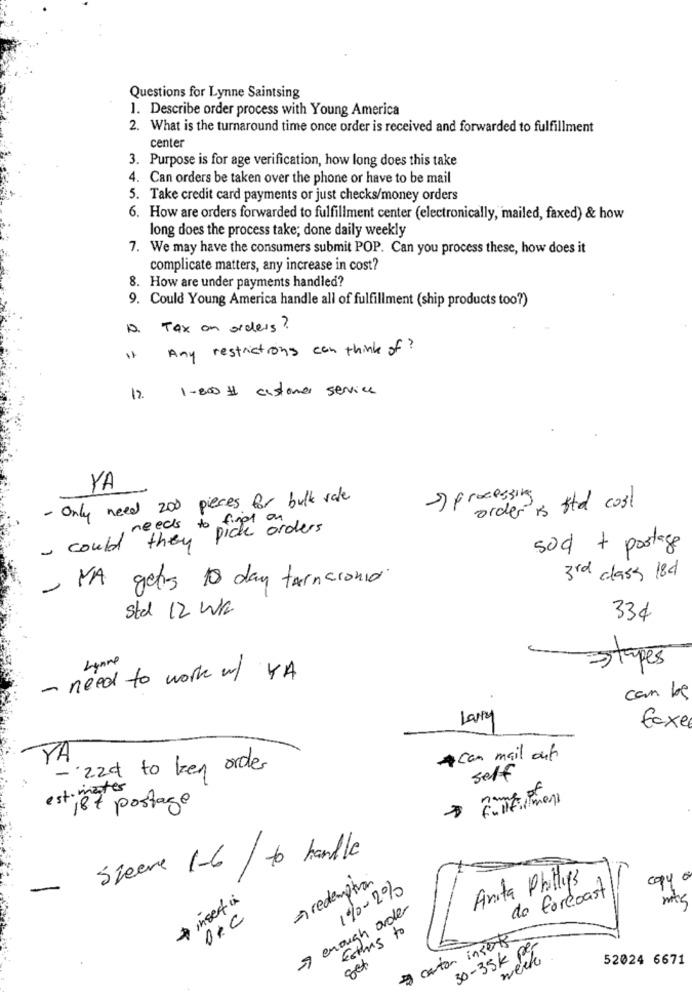
Questions for Lynne Saintsing
1. Describe order process with Young America
2. What is the turnaround time once order is received and forwarded to fulfillment
center
3. Purpose is for age verification, how long does this take
4. Can orders be taken over the phone or have to be mail
5. Take credit card payments or just checks/money orders
6. How are orders forwarded to fulfillment center (electronically, mailed, faxed) & how
long does the process take; done daily weekly
7. We may have the consumers submit POP. Can you process these, how does it
complicate matters, any increase in cost?
8. How are under payments handled?
9. Could Young America handle all of fulfillment (ship products too?)
Tax on orders?
Any restrictions can think of?
1-800 # customer service
12.
YA
- Only need 200 pieces for bulk sale
processing
order is tta cost
nicht anders
- could they
needs to pick
sod + postage
- MA gets to day turnaround
3rd class 18d
Std 12 WK
334
Lynne
>types
- need to work w/ YA
can be
Larry
faxe
YA
* can mail out
- 224 to ben order
self
estimates
+187 postage
- sleeve 1-6/ to handle
- redemption
Anita Phillips
copy o
1%-2%
do forcoast
Inser i
77 enough order
B.C
Estos to
to carton inserts
Set
30-35K Per
52024 6671